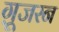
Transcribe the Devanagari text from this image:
ग़ूजरन